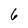
Character: 6